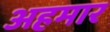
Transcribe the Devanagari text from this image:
अहमार